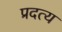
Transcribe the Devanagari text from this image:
प्रदत्य